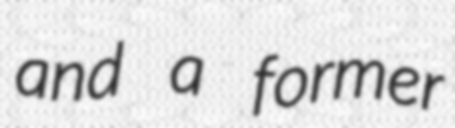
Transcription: and a former